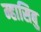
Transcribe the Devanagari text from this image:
म्हासिबु